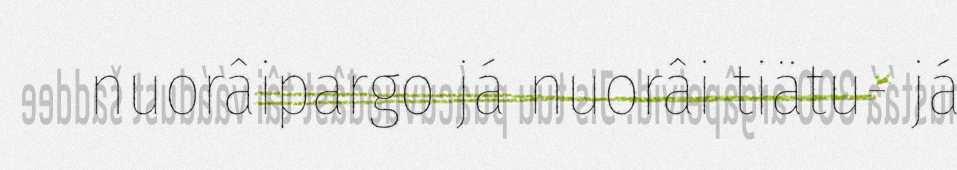
nuorâipargo já nuorâi tiätu- já